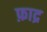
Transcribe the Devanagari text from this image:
फ़ाद्र